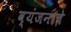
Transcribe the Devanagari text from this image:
व्यंजनाचे